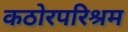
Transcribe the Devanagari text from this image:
कठोरपरिश्रम